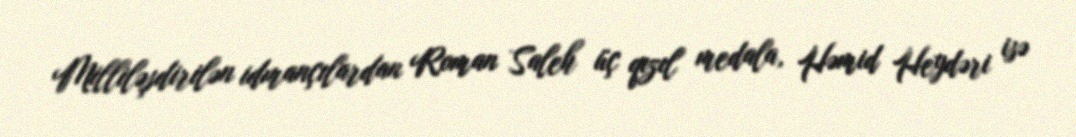
Milliləşdirilən idmançılardan Roman Saleh üç qızıl medala, Həmid Heydəri isə